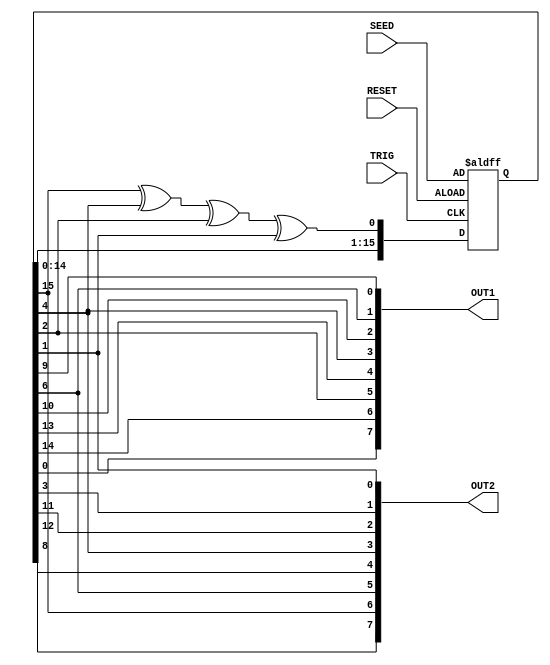
// Chris Ceroici
// August 12 2013
//
// 16 bit LFSR
// Primitive Polynomial: 1+x2+x3+x5+x16
// 
module LFSR16(TRIG,RESET,OUT1,OUT2,SEED);

input TRIG, RESET; // TRIG: shift registers trigger
input [15:0] SEED;

output [7:0] OUT1,OUT2;

reg [15:0] D = 16'd0 /* synthesis preserve */;
wire [2:0] Q /* synthesis keep */;

assign OUT1[7:0] = {D[0],D[14],D[2],D[13],D[4],D[10],D[6],D[9]};
assign OUT2[7:0] = {D[8],D[15],D[6],D[12],D[4],D[11],D[3],D[1]};

xor U1(Q[0],D[15],D[4]);
xor U2(Q[1],Q[0],D[2]);
xor U3(Q[2],Q[1],D[1]);

//assign Q[0] = D[15]^D[4];
//assign Q[1] = D[2]^Q[0];
//assign Q[2] = D[1]&Q[1];

wire [15:0] Dtemp;

/*
always @(posedge TRIG) begin
	D[15:0] <= #3 {D[14:0],Q[2]};
end
*/

always @(posedge TRIG or posedge RESET) begin
	if (RESET) D <= SEED;
	else D[15:0] <= #3 {D[14:0],Q[2]};
end

endmodule